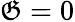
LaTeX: \mathfrak{G}=0